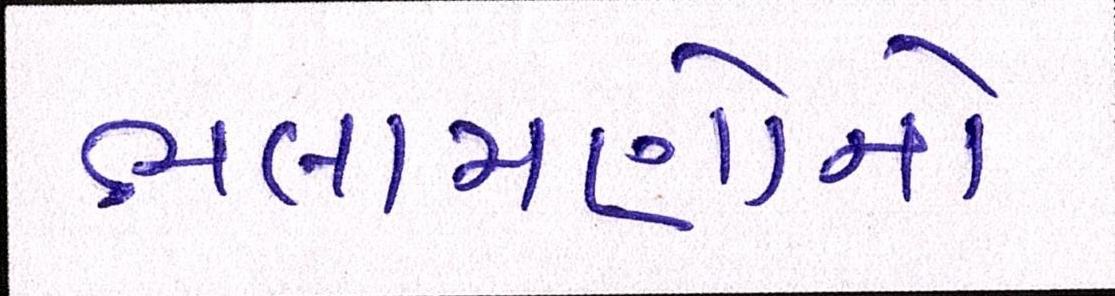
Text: ભલામણોનો